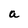
Character: a